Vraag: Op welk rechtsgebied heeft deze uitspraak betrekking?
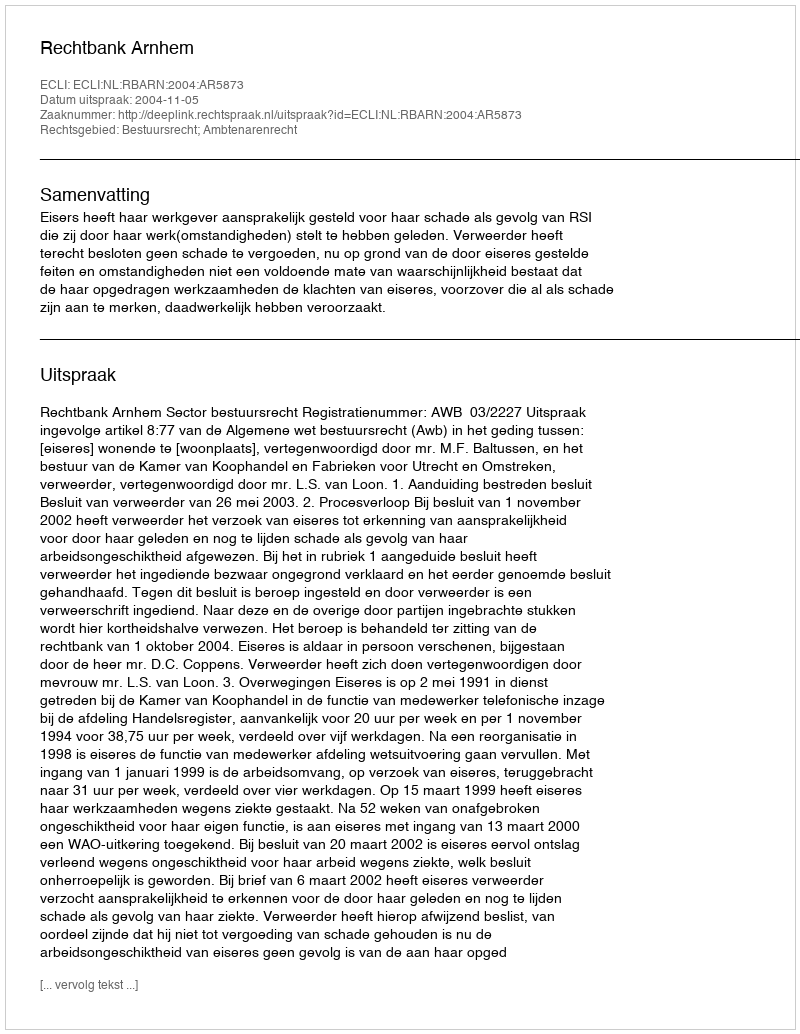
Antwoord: Bestuursrecht; Ambtenarenrecht